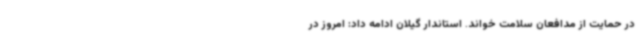
در حمایت از مدافعان سلامت خواند. استاندار گیلان ادامه داد: امروز در